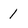
Character: l